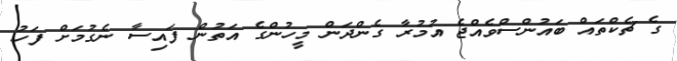
ގެ ޗެކްތައް ބައުންސްވެއްޖެ އުމުރާ ގެންދަން މީހުންގެ އަތުން ފައިސާ ނެގުމަށް ފަހު